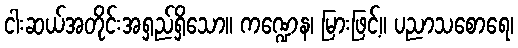
ငါးဆယ်အတိုင်းအရှည်ရှိသော။ ကဏ္ဍေန၊ မြားဖြင့်။ ပညာသစောရေ၊